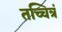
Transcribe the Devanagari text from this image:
तच्चित्रं